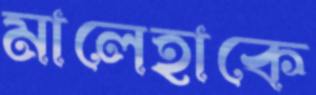
মালেহাকে